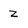
Character: z